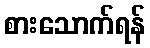
စားသောက်ရန်